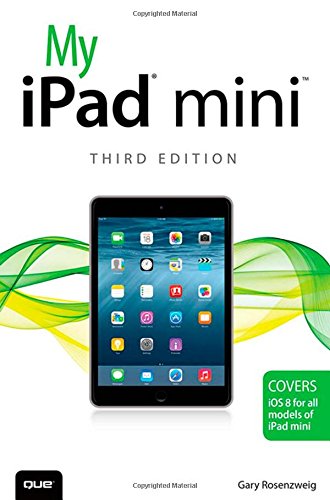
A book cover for My iPad mini (3rd Edition); Gary Rosenzweig; Computers & Technology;